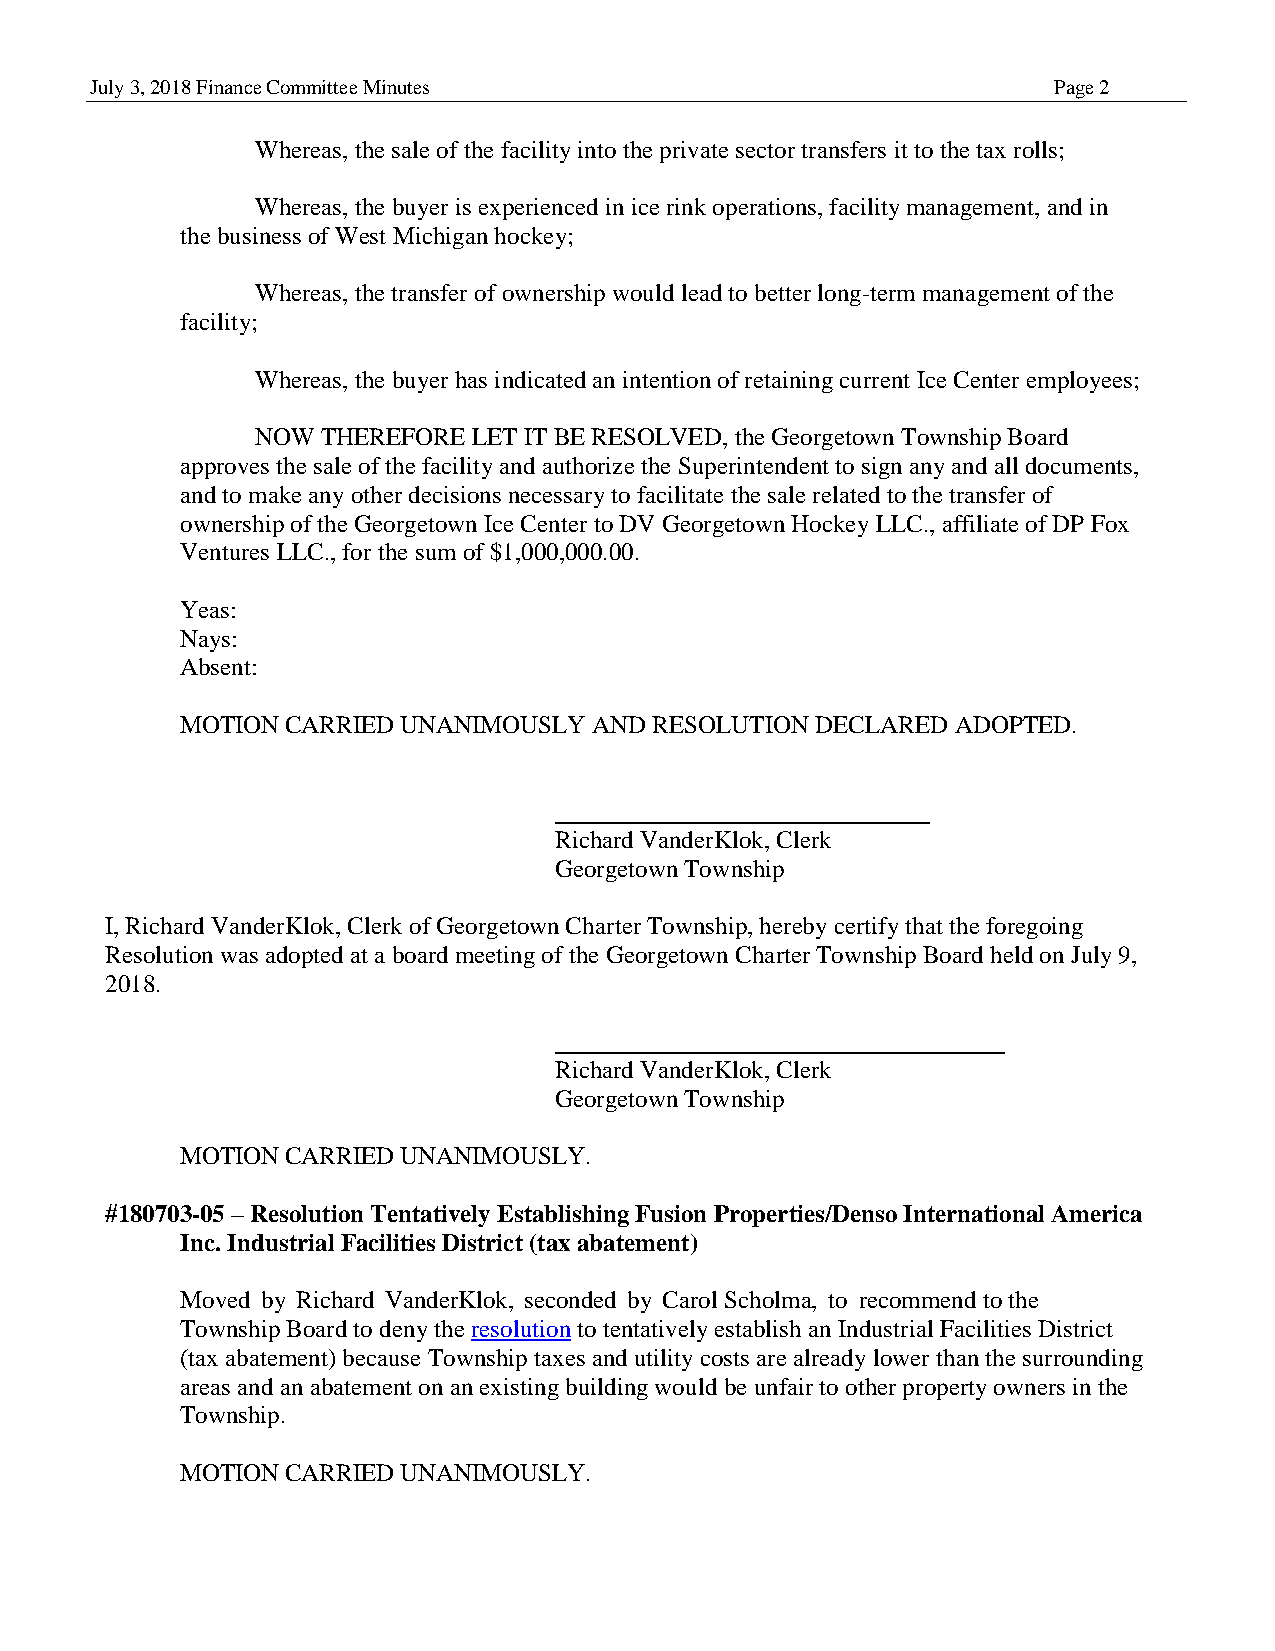
July 3, 2018 Finance Committee Minutes                          Page 2
 Whereas, the sale of the facility into the private sector transfers it to the tax rolls;
 Whereas, the buyer is experienced in ice rink operations, facility management, and in
 the business of West Michigan hockey;
 Whereas, the transfer of ownership would lead to better long-term management of the
 facility;
 Whereas, the buyer has indicated an intention of retaining current Ice Center employees;
 NOW THEREFORE LET IT BE RESOLVED, the Georgetown Township Board
 approves the sale of the facility and authorize the Superintendent to sign any and all documents,
 and to make any other decisions necessary to facilitate the sale related to the transfer of
 ownership of the Georgetown Ice Center to DV Georgetown Hockey LLC., affiliate of DP Fox
 Ventures LLC., for the sum of $1,000,000.00.
 Yeas:
 Nays:
 Absent:
 MOTION CARRIED UNANIMOUSLY AND RESOLUTION DECLARED ADOPTED.
 Richard VanderKlok, Clerk
 Georgetown Township
 I, Richard VanderKlok, Clerk of Georgetown Charter Township, hereby certify that the foregoing
 Resolution was adopted at a board meeting of the Georgetown Charter Township Board held on July 9,
 2018.
 Richard VanderKlok, Clerk
 Georgetown Township
 MOTION CARRIED UNANIMOUSLY.
 #180703-05 – Resolution Tentatively Establishing Fusion Properties/Denso International America
 Inc. Industrial Facilities District (tax abatement)
 Moved by Richard VanderKlok, seconded by Carol Scholma, to recommend to the
 Township Board to deny the resolution to tentatively establish an Industrial Facilities District
 (tax abatement) because Township taxes and utility costs are already lower than the surrounding
 areas and an abatement on an existing building would be unfair to other property owners in the
 Township.
 MOTION CARRIED UNANIMOUSLY.